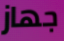
جهاز